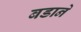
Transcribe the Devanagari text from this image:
बडाने